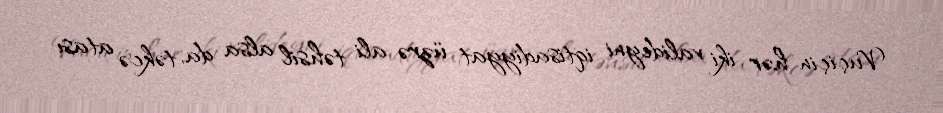
Vuçiçin hər iki valideyni iqtisadiyyat üzrə ali təhsil alsa da, təkcə atası